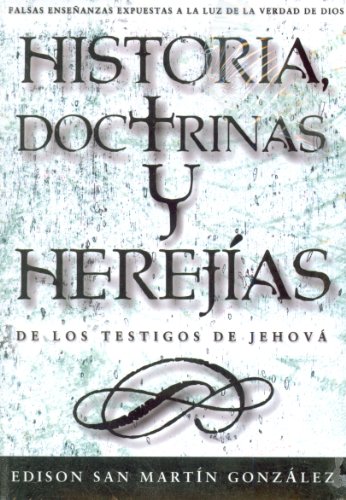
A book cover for Historias, Doctrinas y Herejias de los Testigos de Jehova = Histories, Doctrines and Heresies of the Jehovah's Witnesses (Spanish Edition); Edison San Martin Gonzalez; Christian Books & Bibles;